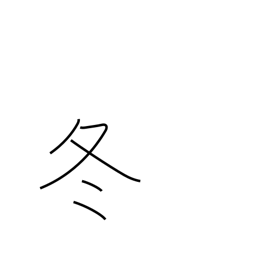
Meaning: winter